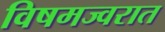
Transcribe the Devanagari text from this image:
विषमज्वरात